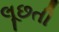
લૂછતી